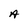
Character: A